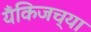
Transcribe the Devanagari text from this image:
यँकिजच्या